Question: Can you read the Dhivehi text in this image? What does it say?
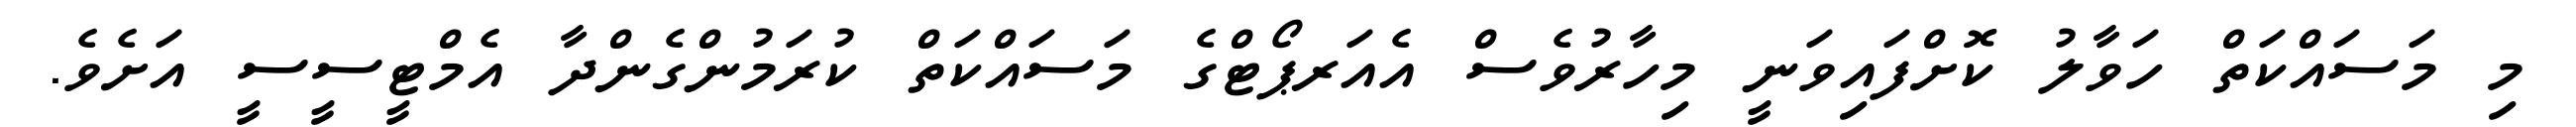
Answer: މި މަސައްކަތް ހަވާލު ކޮށްފައިވަނީ މިހާރުވެސް އެއަރޕޯޓްގެ މަސައްކަތް ކުރަމުންގެންދާ އެމްޓީސީސީ އަށެވެ.